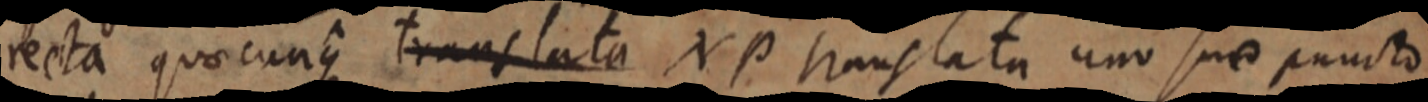
recta quaecunque translata NP translata uno suae puncto